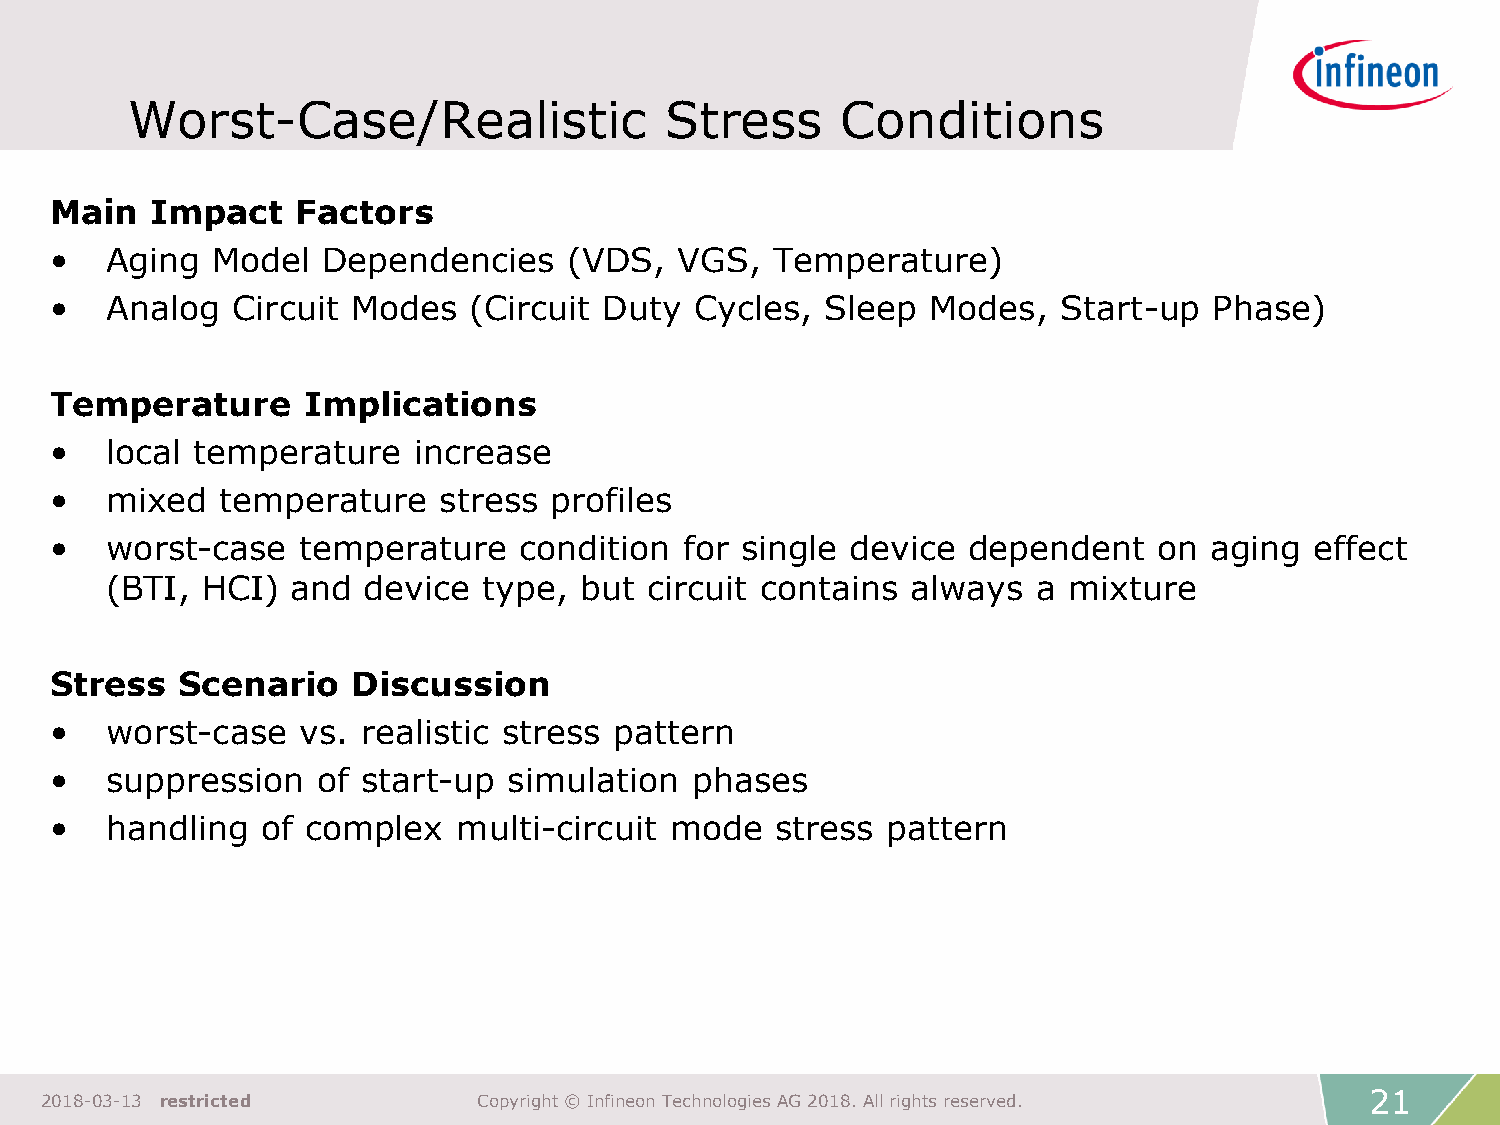
Worst-Case/Realistic                Stress      Conditions
 Main   Impact    Factors
 •   Aging  Model  Dependencies     (VDS,  VGS,  Temperature)
 •   Analog  Circuit Modes   (Circuit Duty  Cycles,  Sleep  Modes,  Start-up  Phase)
 Temperature      Implications
 •   local temperature   increase
 •   mixed   temperature   stress profiles
 •   worst-case   temperature   condition  for single device  dependent    on aging  effect
 (BTI, HCI)  and  device  type, but  circuit contains always   a mixture
 Stress   Scenario   Discussion
 •   worst-case   vs. realistic stress pattern
 •   suppression   of start-up  simulation  phases
 •   handling  of complex   multi-circuit mode   stress  pattern
 21
 2018-03-13 restricted        Copyright © Infineon Technologies AG 2018. All rights reserved.